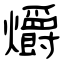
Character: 爝